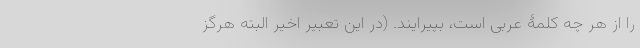
را از هر چه کلمۀ عربی است، بپیرایند. (در این تعبیر اخیر البته هرگز